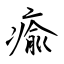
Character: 瘉